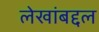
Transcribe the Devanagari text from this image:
लेखांबद्दल